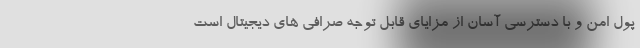
پول امن و با دسترسی آسان از مزایای قابل توجه صرافی های دیجیتال است